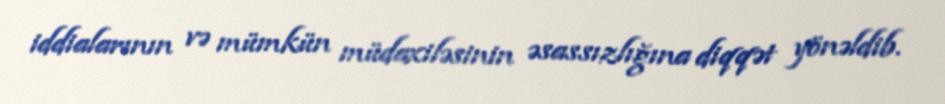
iddialarının və mümkün müdaxiləsinin əsassızlığına diqqət yönəldib.